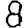
Digit: 8